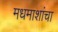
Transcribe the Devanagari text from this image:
मधमाशांचा